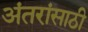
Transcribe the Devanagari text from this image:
अंतरांसाठी